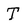
Character: T